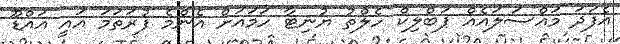
އެފަދަ މައްސަލައެއް ޕަބްލިކް ހެލްތު ޔުނިޓާ ހަމައަށް އެންމެ ފުރަތަމަ އައީ އައްޑޫ